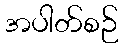
အပါတ်စဉ်